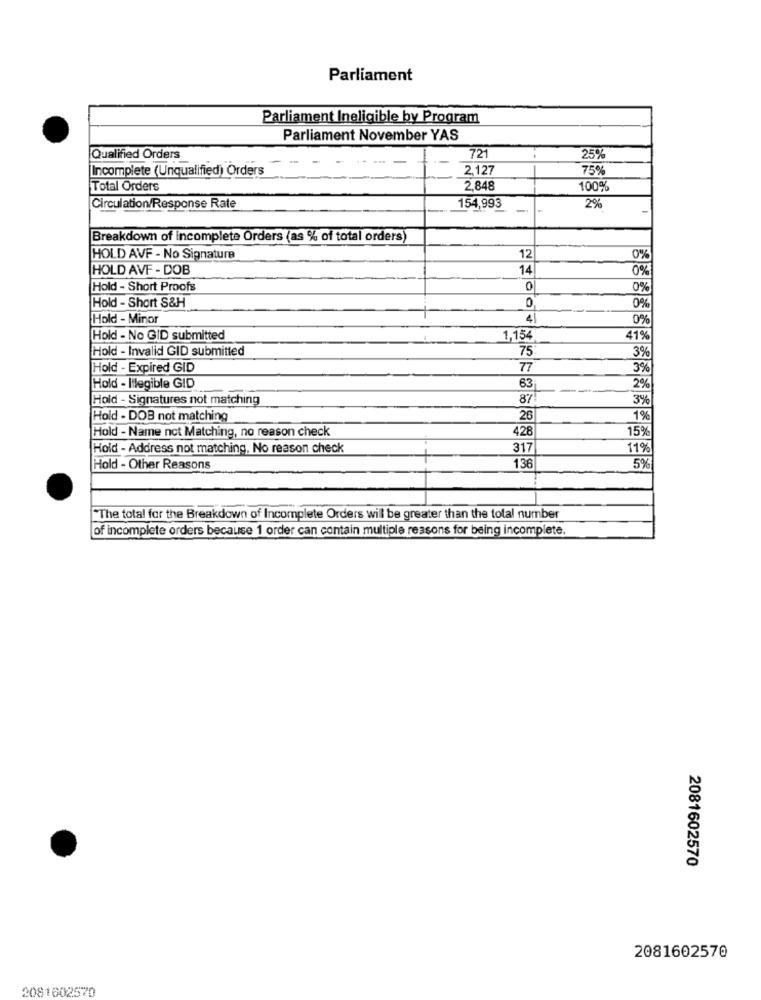
Parliament
Parliament Ineligible by Program
Parliament November YAS
Qualified Orders
721
25%
Incomplete (Unqualified) Orders
2,127
75%
Total Orders
2,848
100%
Circulation/Response Rate
154,993
2%
Breakdown of incomplete Orders (as % of total orders)
HOLD AVF - No Signature
12
0%
HOLD AVF - DOB
14
0%
Hold - Short Proofs
0
0%
Hold - Short S&H
0%
Hold - Minor
4
0%
Hold - No GID submitted
1,154
41%
Hold - Invalid GID submitted
75
3%
Hold - Expired GID
77
3%
63
Hold - Illegible GID
2%
Hold - Signatures not matching
87
3%
Hold - DOB not matching
26
1%
Hold - Name not Matching, no reason check
428
159
Hold - Address not matching. No reason check
317
119
Hold - Other Reasons
136
5%
"The total for the Breakdown of Incomplete Orders will be greater than the total number
of incomplete orders because 1 order can contain multiple reasons for being incomplete.
2081602570
2081602570
2081602570